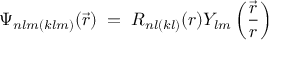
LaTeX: \Psi _ { n l m ( k l m ) } ( \vec { r } ) \; = \; R _ { n l ( k l ) } ( r ) Y _ { l m } \left( \frac { \vec { r } } { r } \right)